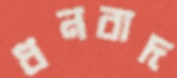
ধনবাদ